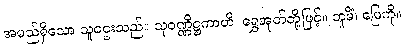
အမည်ရှိသော သူဌေးသည်။ သုဝဏ္ဏိဋ္ဌကာဟိ၊ ရွှေအုတ်တို့ဖြင့်။ ဘူမိံ၊ မြေကို။